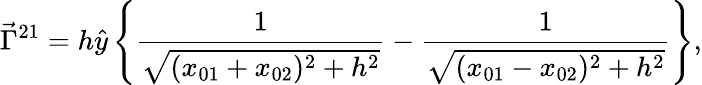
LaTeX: \vec{\Gamma}^{21}=h\hat{y}\left\{ \frac{1}{\sqrt{(x_{01}+x_{02})^{2}+h^{2}}}-\frac{1}{\sqrt{(x_{01}-x_{02})^{2}+h^{2}}}\right\} ,